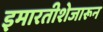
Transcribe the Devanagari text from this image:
इमारतीशेजारून